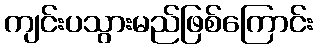
ကျင်းပသွားမည်ဖြစ်ကြောင်း